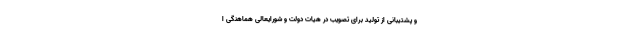
و پشتیبانی از تولید برای تصویب در هیات دولت و شورایعالی هماهنگی ا